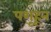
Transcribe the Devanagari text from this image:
पशूहून